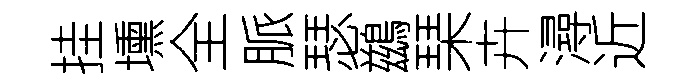
挂壎全脈瑟鷀琹卉潯近